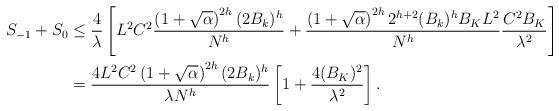
LaTeX: \begin{align*}S_{-1} + S_{0} & \le \frac{4}{\lambda} \left[L^2 C^2 \frac{\left(1+\sqrt{\alpha}\right)^{2h} (2B_k)^h}{N^h} + \frac{\left(1+\sqrt{\alpha}\right)^{2h} 2^{h+2}(B_k)^{h}B_K L^2}{N^h} \frac{C^2 B_K}{\lambda^2}\right]\\ & = \frac{4L^2 C^2 \left(1+\sqrt{\alpha}\right)^{2h} (2B_k)^h}{\lambda N^h} \left[ 1 + \frac{4(B_K)^2}{\lambda^2}\right]. \end{align*}